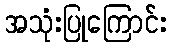
အသုံးပြုကြောင်း